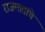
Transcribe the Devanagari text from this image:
राजमातांचे